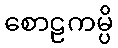
စောဠကမ္ပိ